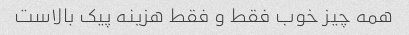
همه چیز خوب فقط و فقط هزینه پیک بالاست